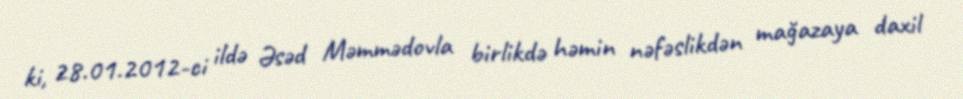
ki, 28.01.2012-ci ildə Əsəd Məmmədovla birlikdə həmin nəfəslikdən mağazaya daxil